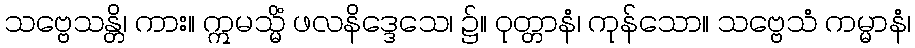
သဗ္ဗေသန္တိ၊ ကား။ ဣမသ္မိံ ဖလနိဒ္ဒေသေ၊ ၌။ ဝုတ္တာနံ၊ ကုန်သော။ သဗ္ဗေသံ ကမ္မာနံ၊